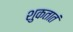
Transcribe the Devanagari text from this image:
शुकतातं